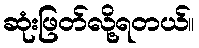
ဆုံးဖြတ်လို့ရတယ်။